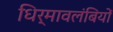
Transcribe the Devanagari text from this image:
धिर्मावलंबियों